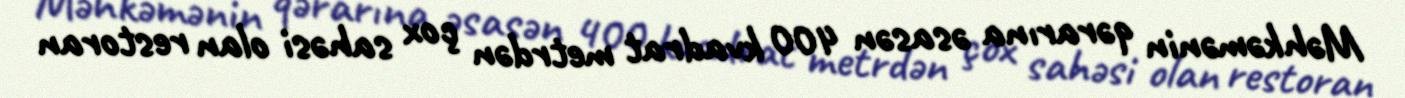
Məhkəmənin qərarına əsasən 400 kvadrat metrdən çox sahəsi olan restoran